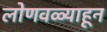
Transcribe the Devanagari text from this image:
लोणवळ्याहून